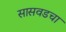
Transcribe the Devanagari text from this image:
सासवडचा